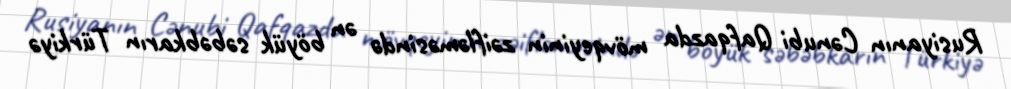
Rusiyanın Cənubi Qafqazda mövqeyinin zəifləməsində ən böyük səbəbkarın Türkiyə